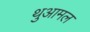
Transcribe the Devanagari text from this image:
थुआमल